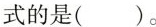
式的是( )。